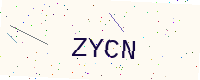
Text: ZYCN